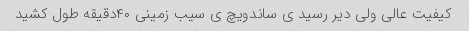
کیفیت عالی ولی دیر رسید ی ساندویچ ی سیب زمینی ۴۰دقیقه طول کشید